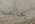
يخالف